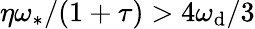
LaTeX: \eta\omega_{\ast}/(1+\tau)>4\omega_{\mathrm{d}}/3